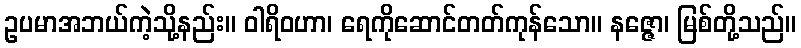
ဥပမာအဘယ်ကဲ့သို့နည်း။ ဝါရိဝဟာ၊ ရေကိုဆောင်တတ်ကုန်သော။ နဇ္ဇော၊ မြစ်တို့သည်။